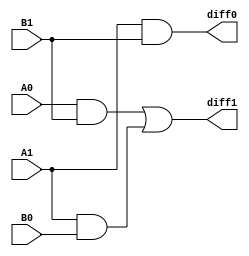
module diff(A1,A0,B1,B0,diff1,diff0);
	input A1,A0,B1,B0;
	output diff0,diff1;
	
	and u1(w0,A0,B1);
	and u2(w1,A1,B0);
	
	or u3(diff1,w0,w1);
	
	and U0(diff0,A1,B1);
	
endmodule